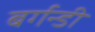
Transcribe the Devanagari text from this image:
बर्गन्डी